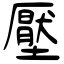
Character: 壓